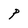
Character: P